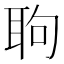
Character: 𦕙